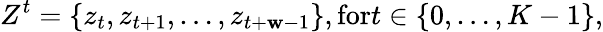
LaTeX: Z^{t}=\{ z_{t},z_{t+1},\ldots,z_{t+\mathbf{w}-1}\} ,\textrm{{for}}t\in\{ 0,\ldots,K-1\} ,